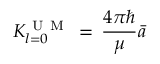
{ K _ { l = 0 } ^ { \mathrm { ~ U ~ M ~ } } \, = \, \frac { 4 \pi \hbar } { \mu } \bar { a } }